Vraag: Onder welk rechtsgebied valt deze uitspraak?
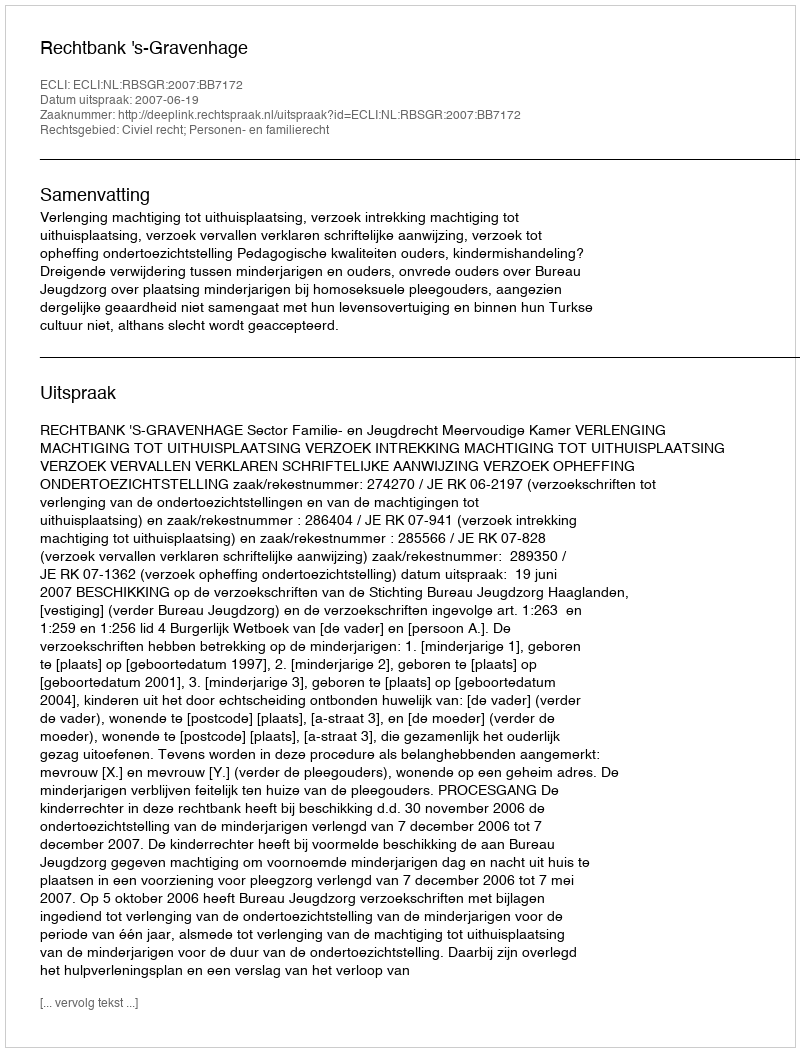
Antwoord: Civiel recht; Personen- en familierecht